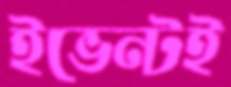
ইভেন্টই